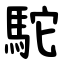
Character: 駝